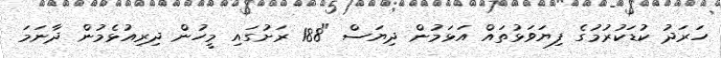
ހަރަދު ކުޑަކުރުމުގެ ފިޔަވަޅުތައް އަޅަމުން ދިޔަސް "188 ރަށުގައި މީހުން ދިރިއުޅެމުން ދާނަމަ